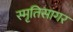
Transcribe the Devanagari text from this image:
स्मृतिसागर